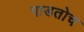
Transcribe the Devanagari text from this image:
पाडतोच